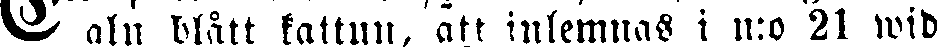
Salu blått kattun, att inlemnas i n:o 21 wid